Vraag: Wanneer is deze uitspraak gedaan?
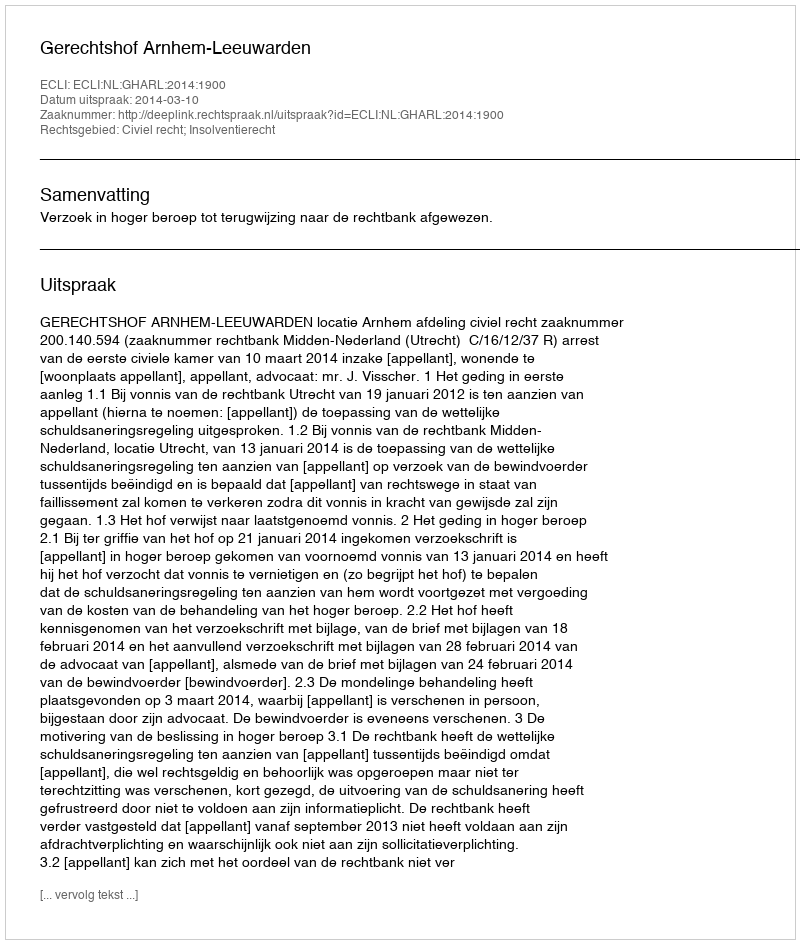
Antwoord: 2014-03-10